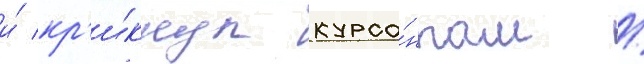
и́ кр'и́кнул курса́нтам /